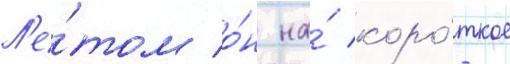
Л'е́том о́н на́ коро́ткое